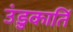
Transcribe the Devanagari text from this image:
उंडुकार्ति